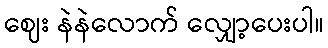
ဈေး နဲနဲလောက် လျှော့ပေးပါ။